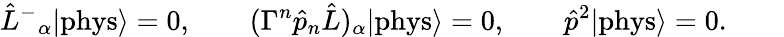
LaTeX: \hat{L}^{-}{}_{\alpha}|\mathrm{phys}\rangle=0,\qquad(\Gamma^{n}\hat{p}_{n}\hat{L})_{\alpha}|\mathrm{phys}\rangle=0,\qquad\hat{p}^{2}|\mathrm{phys}\rangle=0.\qquad